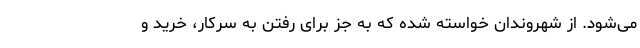
می‌شود. از شهروندان خواسته شده که به جز برای رفتن به سرکار، خرید و